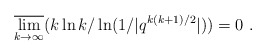
\begin{align*}\overline{\lim _{k\rightarrow \infty}}(k\ln k/\ln (1/|q^{k(k+1)/2}|))=0~.\end{align*}